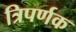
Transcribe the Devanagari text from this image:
त्रिपर्णक